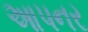
આપનર